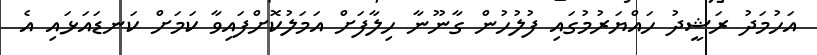
އަހުމަދު ރަޝީދު ހައްޔަރުމުގައި ފުލުހުން ގާނޫނާ ހިލާފަށް އަމަލުކޮށްފައިވާ ކަމަށް ކަނޑައަޅައި އެ